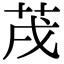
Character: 𦮠